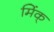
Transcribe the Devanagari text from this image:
मिंक्